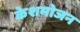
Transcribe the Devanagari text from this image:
केशमोजन